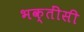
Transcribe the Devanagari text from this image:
भक्तींसी